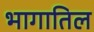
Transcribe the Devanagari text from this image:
भागातिल